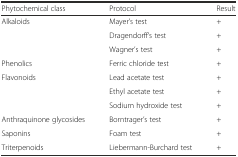
<table><thead><tr><td><b>Phytochemical class</b></td><td><b>Protocol</b></td><td><b>Result</b></td></tr></thead><tbody><tr><td rowspan="3">Alkaloids</td><td>Mayer’s test</td><td>+</td></tr><tr><td>Dragendorff’s test</td><td>+</td></tr><tr><td>Wagner’s test</td><td>+</td></tr><tr><td>Phenolics</td><td>Ferric chloride test</td><td>+</td></tr><tr><td rowspan="3">Flavonoids</td><td>Lead acetate test</td><td>+</td></tr><tr><td>Ethyl acetate test</td><td>+</td></tr><tr><td>Sodium hydroxide test</td><td>+</td></tr><tr><td>Anthraquinone glycosides</td><td>Borntrager’s test</td><td>+</td></tr><tr><td>Saponins</td><td>Foam test</td><td>+</td></tr><tr><td>Triterpenoids</td><td>Liebermann-Burchard test</td><td>+</td></tr></tbody></table>